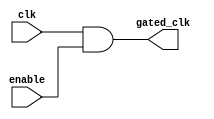
module clock_gating_cell (
    input wire clk,        // Global clock signal
    input wire enable,     // Enable signal
    output wire gated_clk  // Gated clock output
);
    // Clock gating logic
    assign gated_clk = clk & enable; // AND gate for clock gating
endmodule